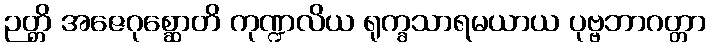
ဉတ္တိ အဇေဂုစ္ဆောတိ ကုဏ္ဍလိယ ရုက္ခသာရမယာယ ပုဗ္ဗဘာဂတ္တာ